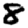
Digit: 8